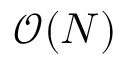
\mathcal { O } ( N )